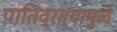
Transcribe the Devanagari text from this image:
पातिव्रत्यामुळे